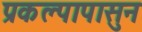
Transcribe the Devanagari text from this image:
प्रकल्पापासुन